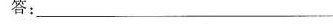
答：______